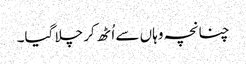
چنانچہ وہاں سے اُٹھ کر چلا گیا۔